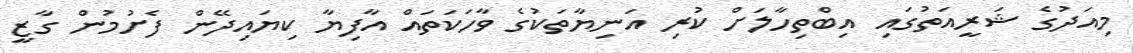
މިއަދުގެ ޝަރީއަތުގައި އިބްތިހާލަށް ކުރި އަނިޔާތަކުގެ ވާހަކަތައް އާފިޔާ ކިޔައިދޭން ފެށުމުން ގާޒީ